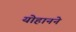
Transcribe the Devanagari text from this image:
योहानने